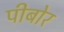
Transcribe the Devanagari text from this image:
पीबोर